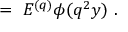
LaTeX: \ = \ E ^ { ( q ) } \phi ( q ^ { 2 } y ) \ .